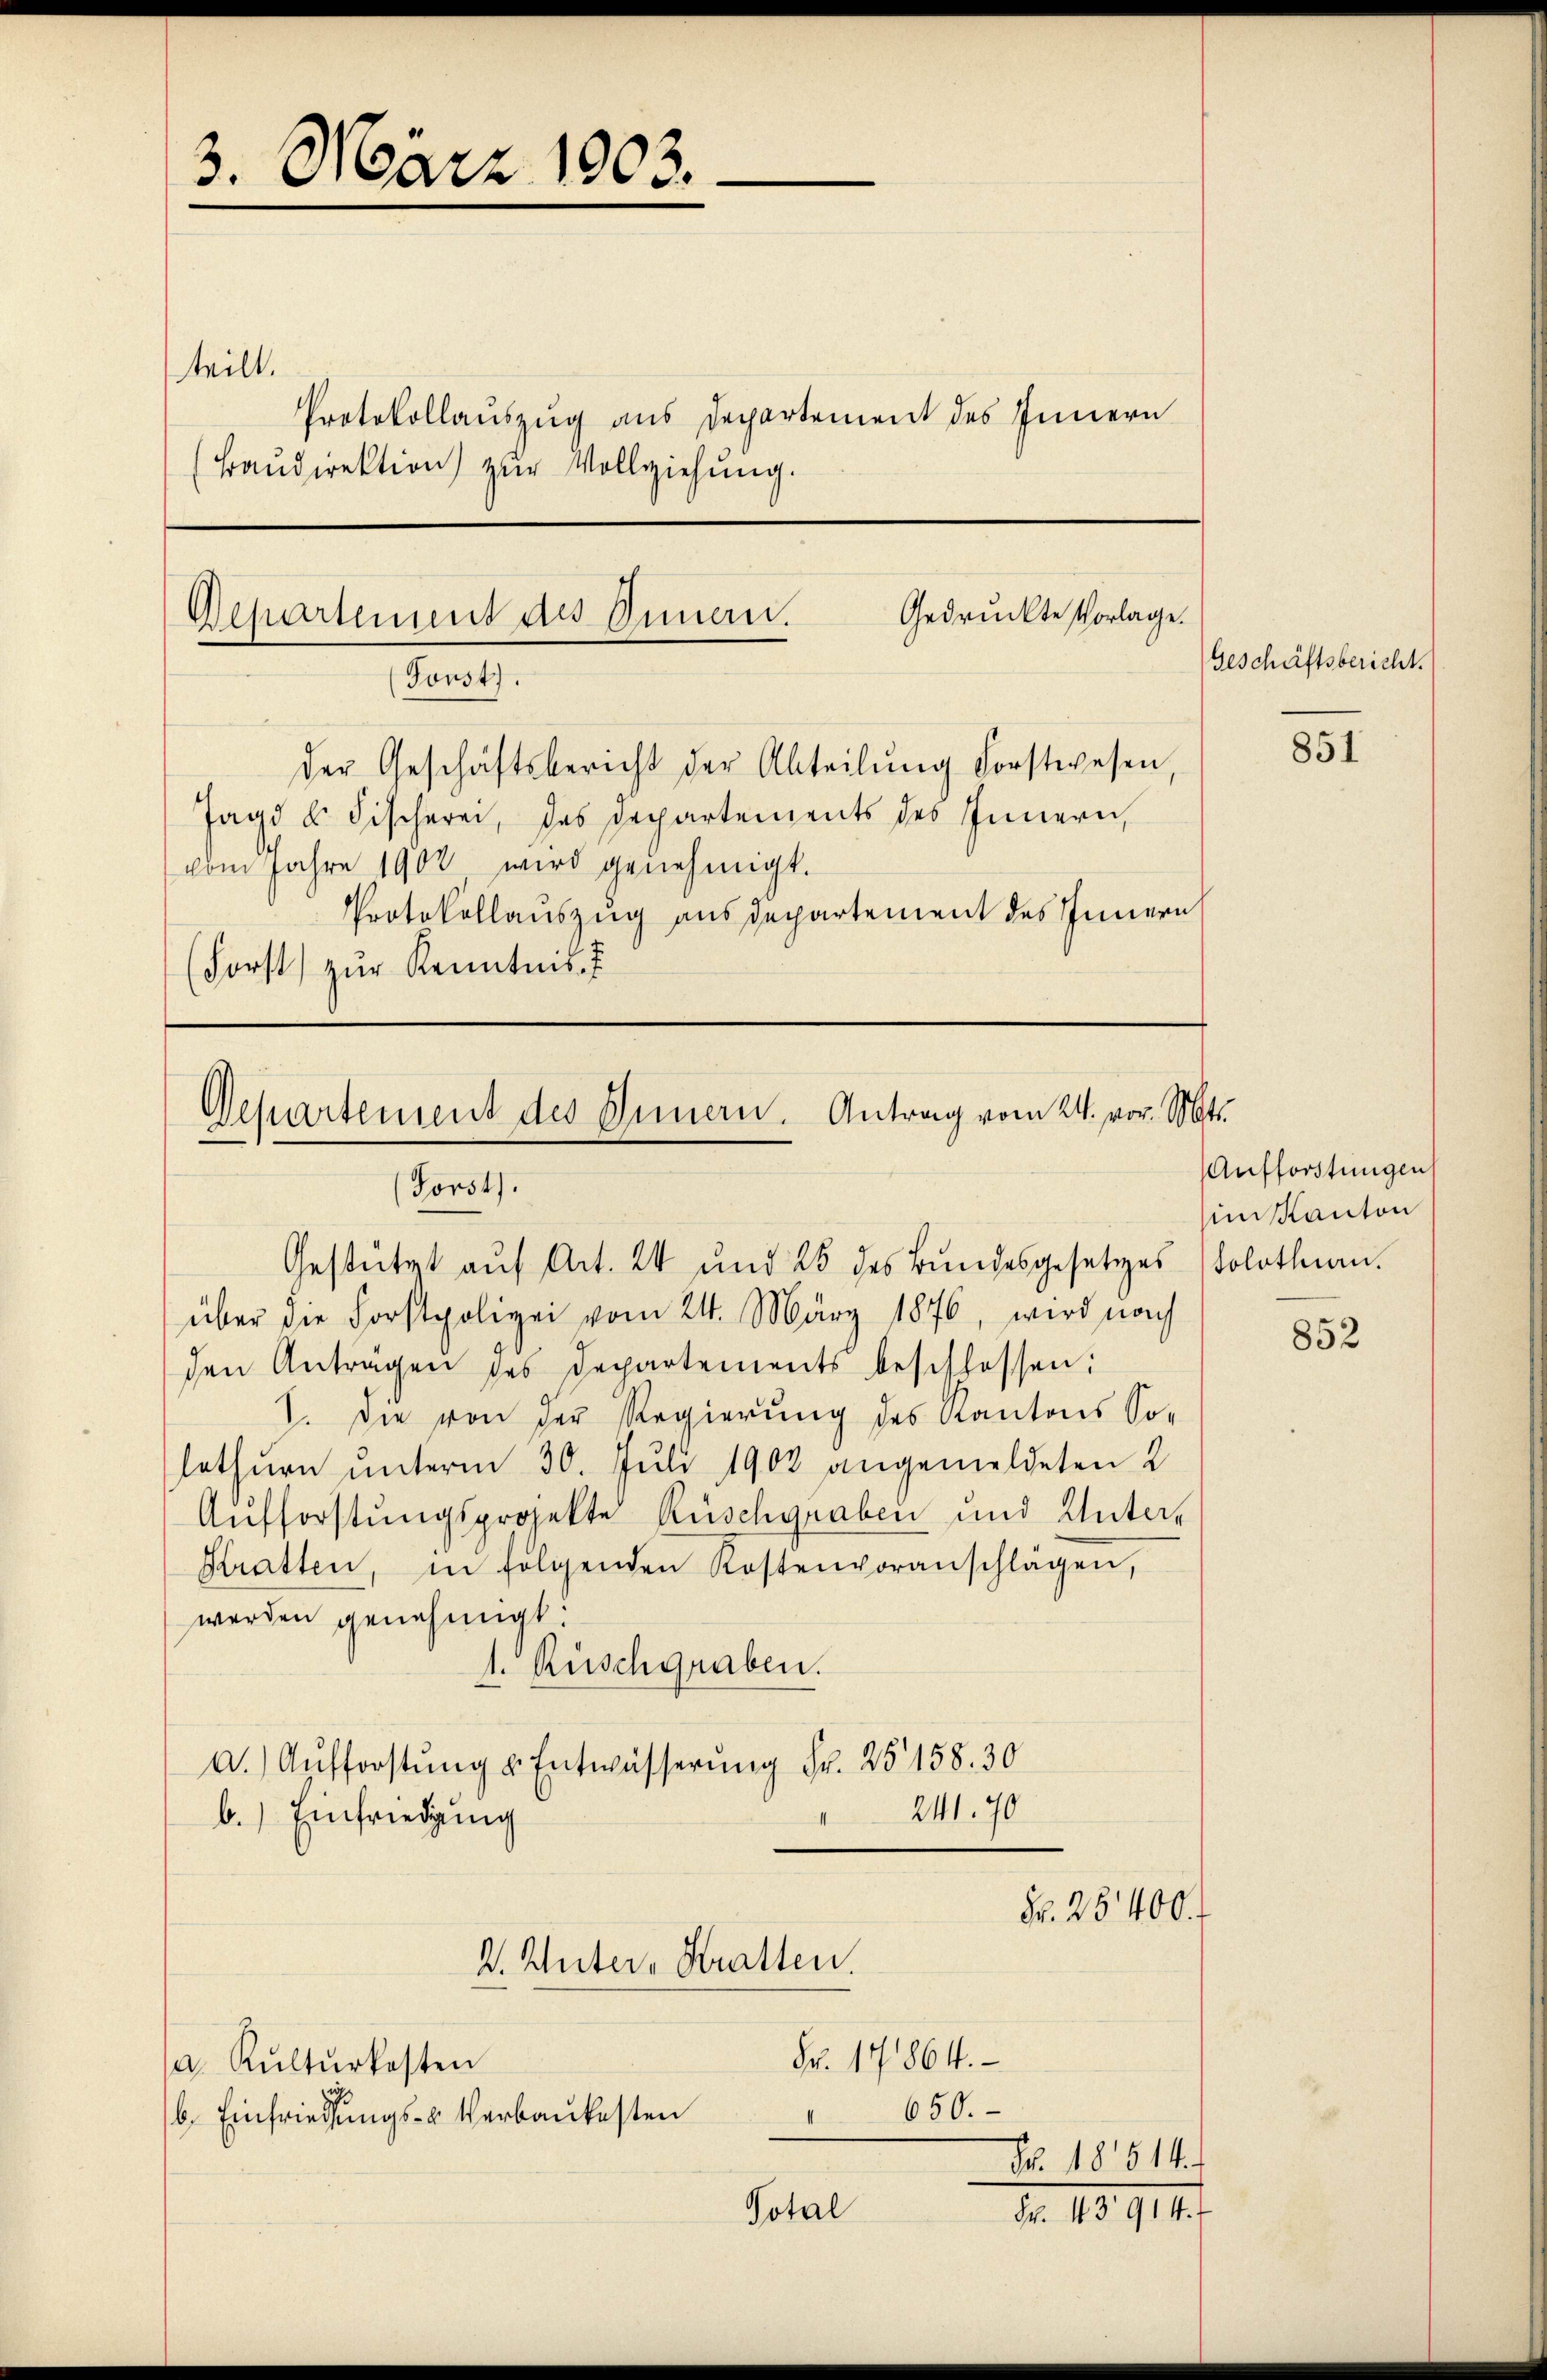
3. März 1903.

e
teilt.
Protokollauszug aus Departement des Innern
Baŭdirektion zur Vollziehung.

der Geschäftsbericht der Abteilŭng Forstwesen,
Jagd u. Fischerei, das Departements des Innern,
vom Jahre 1902 wird genehmigt.
Protokollauszug aus departement des Innern
(Forst zŭr Kenntnis

Gedruckte Vorlage.
Departement des Innen.
Forst).

Separtement des Innern. Antrag vom 24. vor. Mts.
Forst).
Gestützt auf Art. 24 und 25 des Bundesgesetzes Solothurn.

über die Forstpolizei vom 24. März 1876, wird nach
den Antragen des Departements beschlossen:
I. Die von der Regierung des Kantons So-
lothurn unterm 30. Juli 1908 angemeldeten 2
Aufforstungsprojekte Rüschgraben und Unter¬
Kratten, in folgenden Kostenvoranschlagen,
werden genehmigt.
1. Ruschgraben.
a. Aŭfforstŭng u. Entwässerung Fr. 25158. 30
241. 90
b.) Einfriedigung
Fr. 25400.
2. Unter, Kratten.
Fr. 17864.
a. Kulturkosten
650.
b. Einfriedungs- u Verbaukosten
I
Nr. 18514.
Total
Fr. 43914.

Geschäftsbericht.

851

Aufforstungen
im Kanton

852